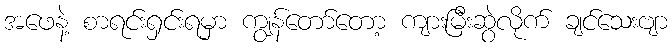
အဖေနဲ့ စာရင်းရှင်းရမှာ ကျွန်တော်တော့ ကျားမြီးဆွဲလိုက် ချင်သေးဗျာ